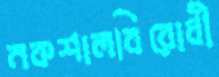
নকশালবিরোধী